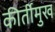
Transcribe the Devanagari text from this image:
कीर्तीमुख